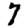
Digit: 7